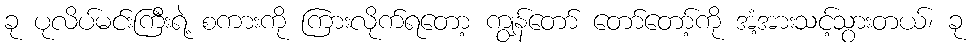
ခု ပုလိပ်မင်းကြီးရဲ့ စကားကို ကြားလိုက်ရတော့ ကျွန်တော် တော်တော့်ကို အံ့အားသင့်သွားတယ်၊ ခု